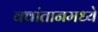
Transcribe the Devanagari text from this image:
क्वांतानमध्ये